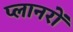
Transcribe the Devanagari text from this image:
प्लानरों